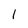
Character: 1